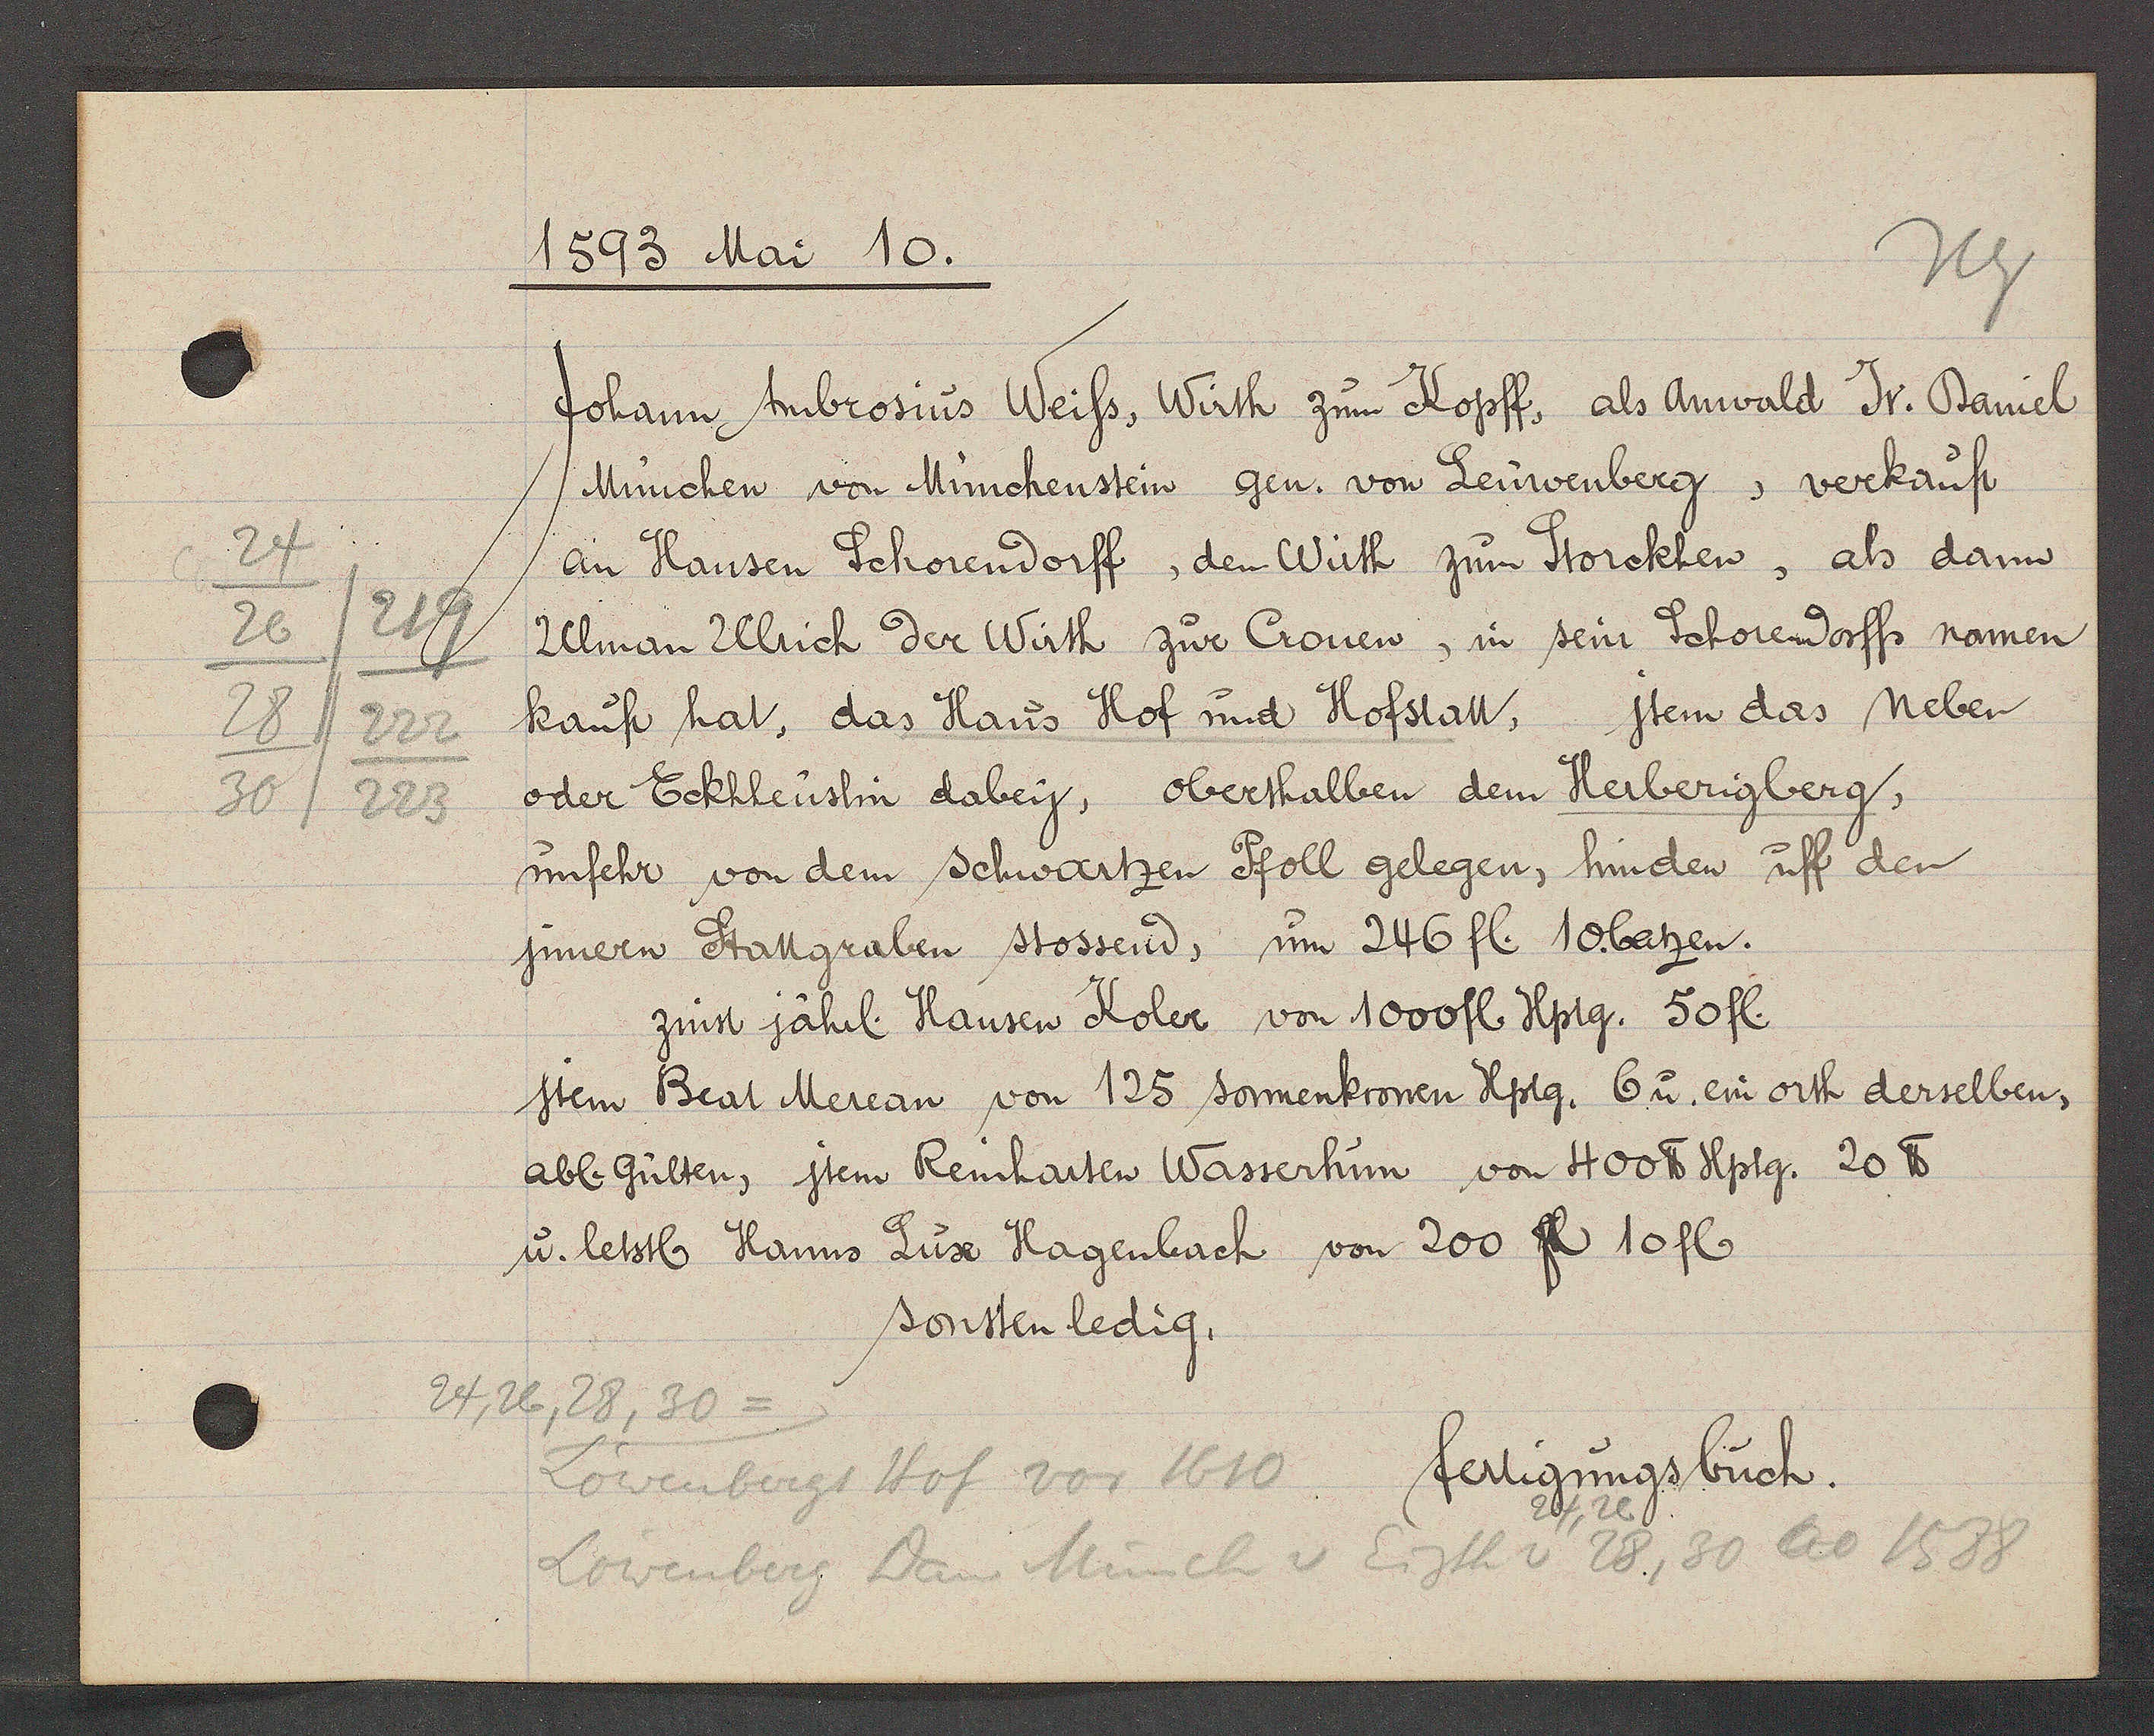
Transcript:
24
219
26
28
222
30
223

1593 Mai 10.

Johann Ambrosius Weiss, Wirth zum Kopff, als Anwald Jr. Daniel
München von Münchenstein gen. von Leüwenberg, verkauft
dem Wirth zum Storckhen, als dann
an Hansen Schörendorff
Ulman Ulrich der Wirth zur Cronen, in sein Schorendorffs namen
jtem das neben
kauft hat, das Haus Hof und Hofstatt,
oder Eckhheüslin dabey, oberthalben dem Herberigberg,
unfehr von dem schwartzen Pfoll gelegen, hinden uff den
jnnern Stattgraben stossend, um 246 fl. 10 batzen.
zinst jährl. Hansen Koler von 1000 fl. Hptg. 50 fl.
jtem Beat Merean von 125 sonnenkronen Hptg. 6 u. ein orth derselben,
abl. Gülten, jtem Reinharten Wasserhun von 400 ℔ Hptg. 20 ℔
u. letstl. Hanns Lux Hagenbach von 200 fl. 10 fl.
sonsten ledig.

24, 26, 28, 30 =
Löwenbergs Hof vor 1610
24, 26
Löwenberg Dan Münch v Eigth v 28, 30 ao 1588

fertigungsbuch.